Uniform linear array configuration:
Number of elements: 16
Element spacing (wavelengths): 0.25
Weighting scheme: uniform
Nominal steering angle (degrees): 60
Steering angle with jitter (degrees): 59.284
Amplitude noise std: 0.05
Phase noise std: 0.05

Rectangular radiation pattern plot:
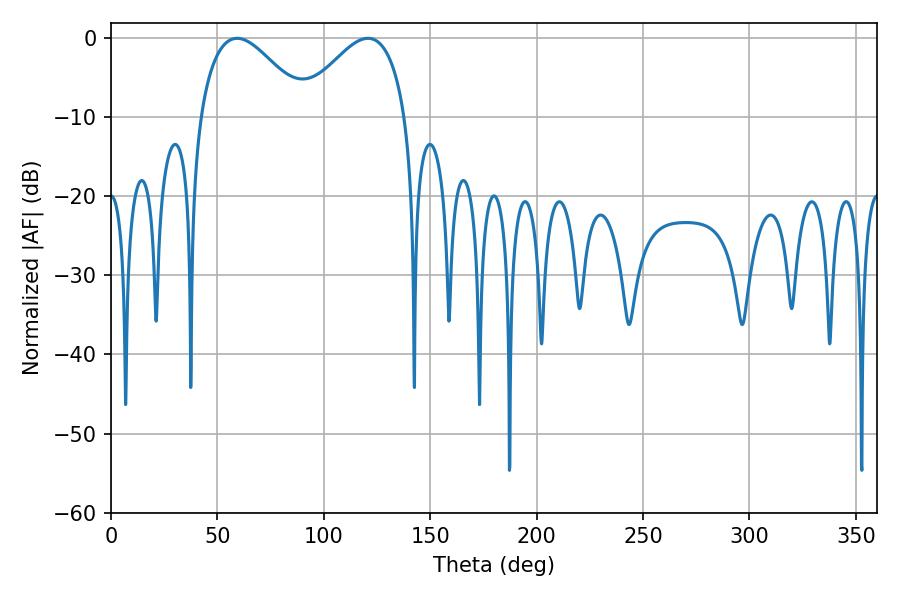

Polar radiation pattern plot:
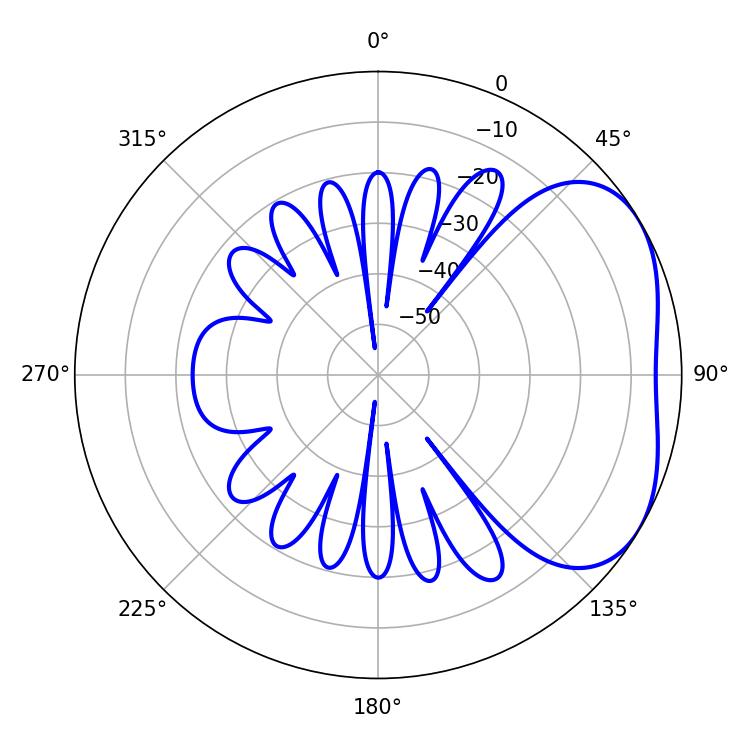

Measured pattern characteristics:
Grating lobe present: FALSE
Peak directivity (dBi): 3.489
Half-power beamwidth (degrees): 27.18
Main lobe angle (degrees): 59.22